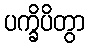
ပက္ခိပိတွာ